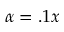
\alpha = . 1 x